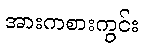
အားကစားကွင်း